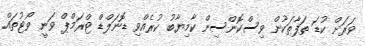
ވަރަށް ކުޑަ ތަފާތަކުން ވިސްކޮންސިން ކާމިޔާބު ކުރެއްވި ޑޮނަލްޑް ޓްރަމްޕް ވަނީ ވޯޓުތައް